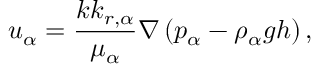
u _ { \alpha } = \frac { k k _ { r , \alpha } } { \mu _ { \alpha } } \nabla \left( p _ { \alpha } - { \rho } _ { \alpha } g h \right) ,